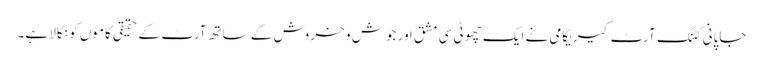
جاپانی کٹنگ آرٹ کیریگامی نے ایک چھوٹی سی مشق اور جوش و خروش کے ساتھ آرٹ کے حقیقی کاموں کو نکالا ہے۔